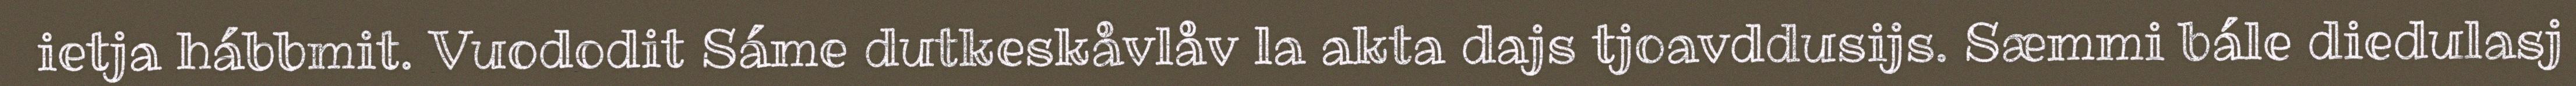
ietja hábbmit. Vuododit Sáme dutkeskåvlåv la akta dajs tjoavddusijs. Sæmmi bále diedulasj